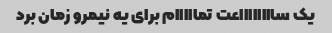
یک سااااااااعت تمااااام برای یه نیمرو زمان برد